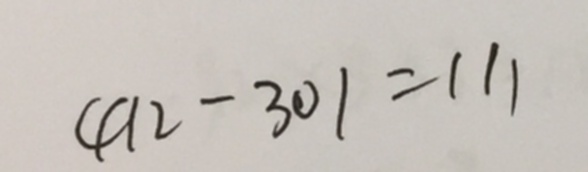
4 1 2 - 3 0 1 = 1 1 1